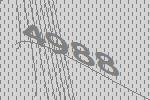
4988